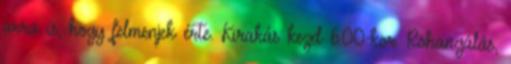
arra is, hogy felmenjek érte. Kirakás kezd 6.00-kor. Rohangálás,